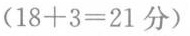
$$（1 8+3 = 21分）$$